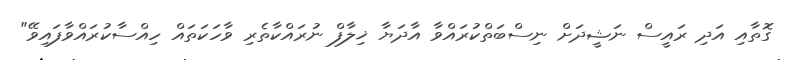
ގޮތާއި އަދި ރައީސް ނަޝީދަށް ނިސްބަތްކުރައްވާ އާދަޔާ ޚިލާފް ނުރައްކާތެރި ވާހަކަތައް ހިއްސާކުރައްވާފައިވޭ"